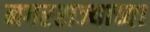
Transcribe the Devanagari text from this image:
नगरराज्याच्या